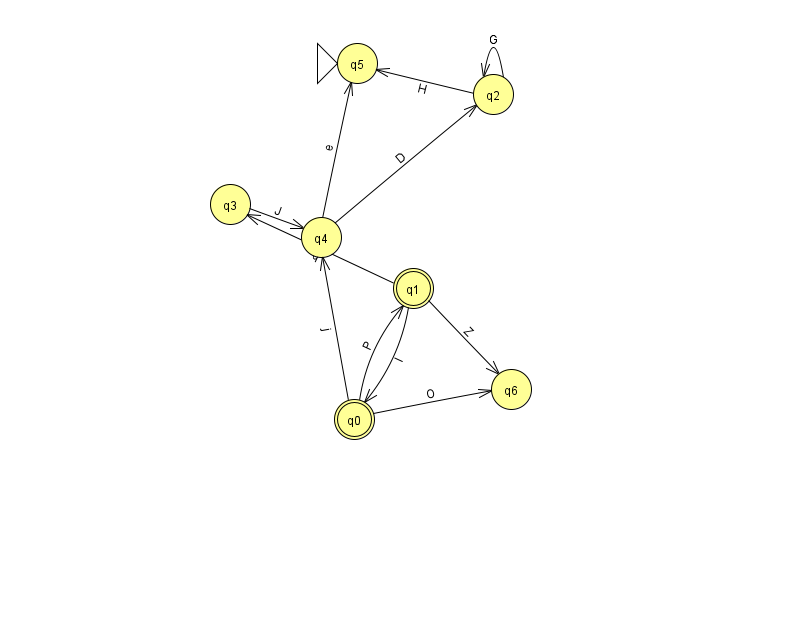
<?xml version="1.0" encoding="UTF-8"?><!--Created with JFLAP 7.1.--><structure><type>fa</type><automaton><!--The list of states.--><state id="0" name="q0"><x>354.0</x><y>406.0</y><final/></state><state id="1" name="q1"><x>413.0</x><y>275.0</y><final/></state><state id="2" name="q2"><x>493.0</x><y>81.0</y></state><state id="3" name="q3"><x>230.0</x><y>191.0</y></state><state id="4" name="q4"><x>321.0</x><y>224.0</y></state><state id="5" name="q5"><x>357.0</x><y>50.0</y><initial/></state><state id="6" name="q6"><x>511.0</x><y>376.0</y></state><!--The list of transitions.--><transition><from>2</from><to>5</to><read>H</read></transition><transition><from>1</from><to>6</to><read>Z</read></transition><transition><from>4</from><to>2</to><read>D</read></transition><transition><from>1</from><to>0</to><read>I</read></transition><transition><from>2</from><to>2</to><read>G</read></transition><transition><from>1</from><to>3</to><read>q</read></transition><transition><from>0</from><to>4</to><read>j</read></transition><transition><from>4</from><to>5</to><read>e</read></transition><transition><from>0</from><to>6</to><read>O</read></transition><transition><from>0</from><to>1</to><read>P</read></transition><transition><from>3</from><to>4</to><read>J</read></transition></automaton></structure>